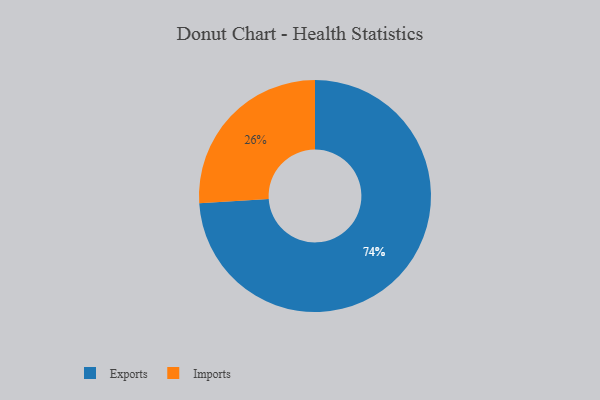
{"axis": {"x": "Category", "y": "Percentage"}, "legend": ["Exports", "Imports"], "data": [{"x": "Imports", "y": 26, "type": "Imports"}, {"x": "Exports", "y": 74, "type": "Exports"}]}